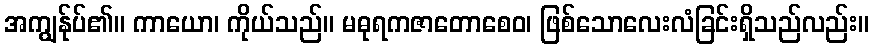
အကျွန်ုပ်၏။ ကာယော၊ ကိုယ်သည်။ မဓုရကဇာတောစေဝ၊ ဖြစ်သောလေးလံခြင်းရှိသည်လည်း။